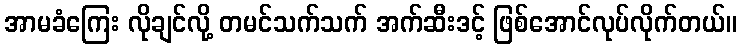
အာမခံကြေး လိုချင်လို့ တမင်သက်သက် အက်ဆီးဒင့် ဖြစ်အောင်လုပ်လိုက်တယ်။